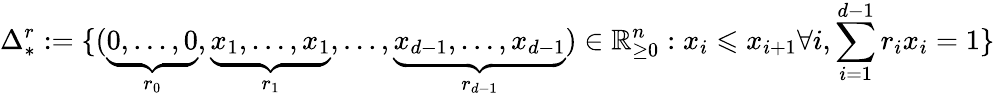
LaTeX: \Delta_{*}^{r}:=\{ (\underbrace{0,\ldots,0}_{r_{0}},\underbrace{x_{1},\ldots,x_{1}}_{r_{1}},\ldots,\underbrace{x_{d-1},\ldots,x_{d-1}}_{r_{d-1}})\in\mathbb{R}_{\geq 0}^{n}:x_{i}\leqslant x_{i+1}\forall i,\sum_{i=1}^{d-1}r_{i}x_{i}=1\}